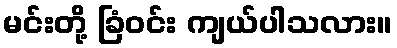
မင်းတို့ ခြံဝင်း ကျယ်ပါသလား။